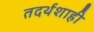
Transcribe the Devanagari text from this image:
तदर्थशाही